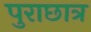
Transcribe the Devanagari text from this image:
पुराछात्र